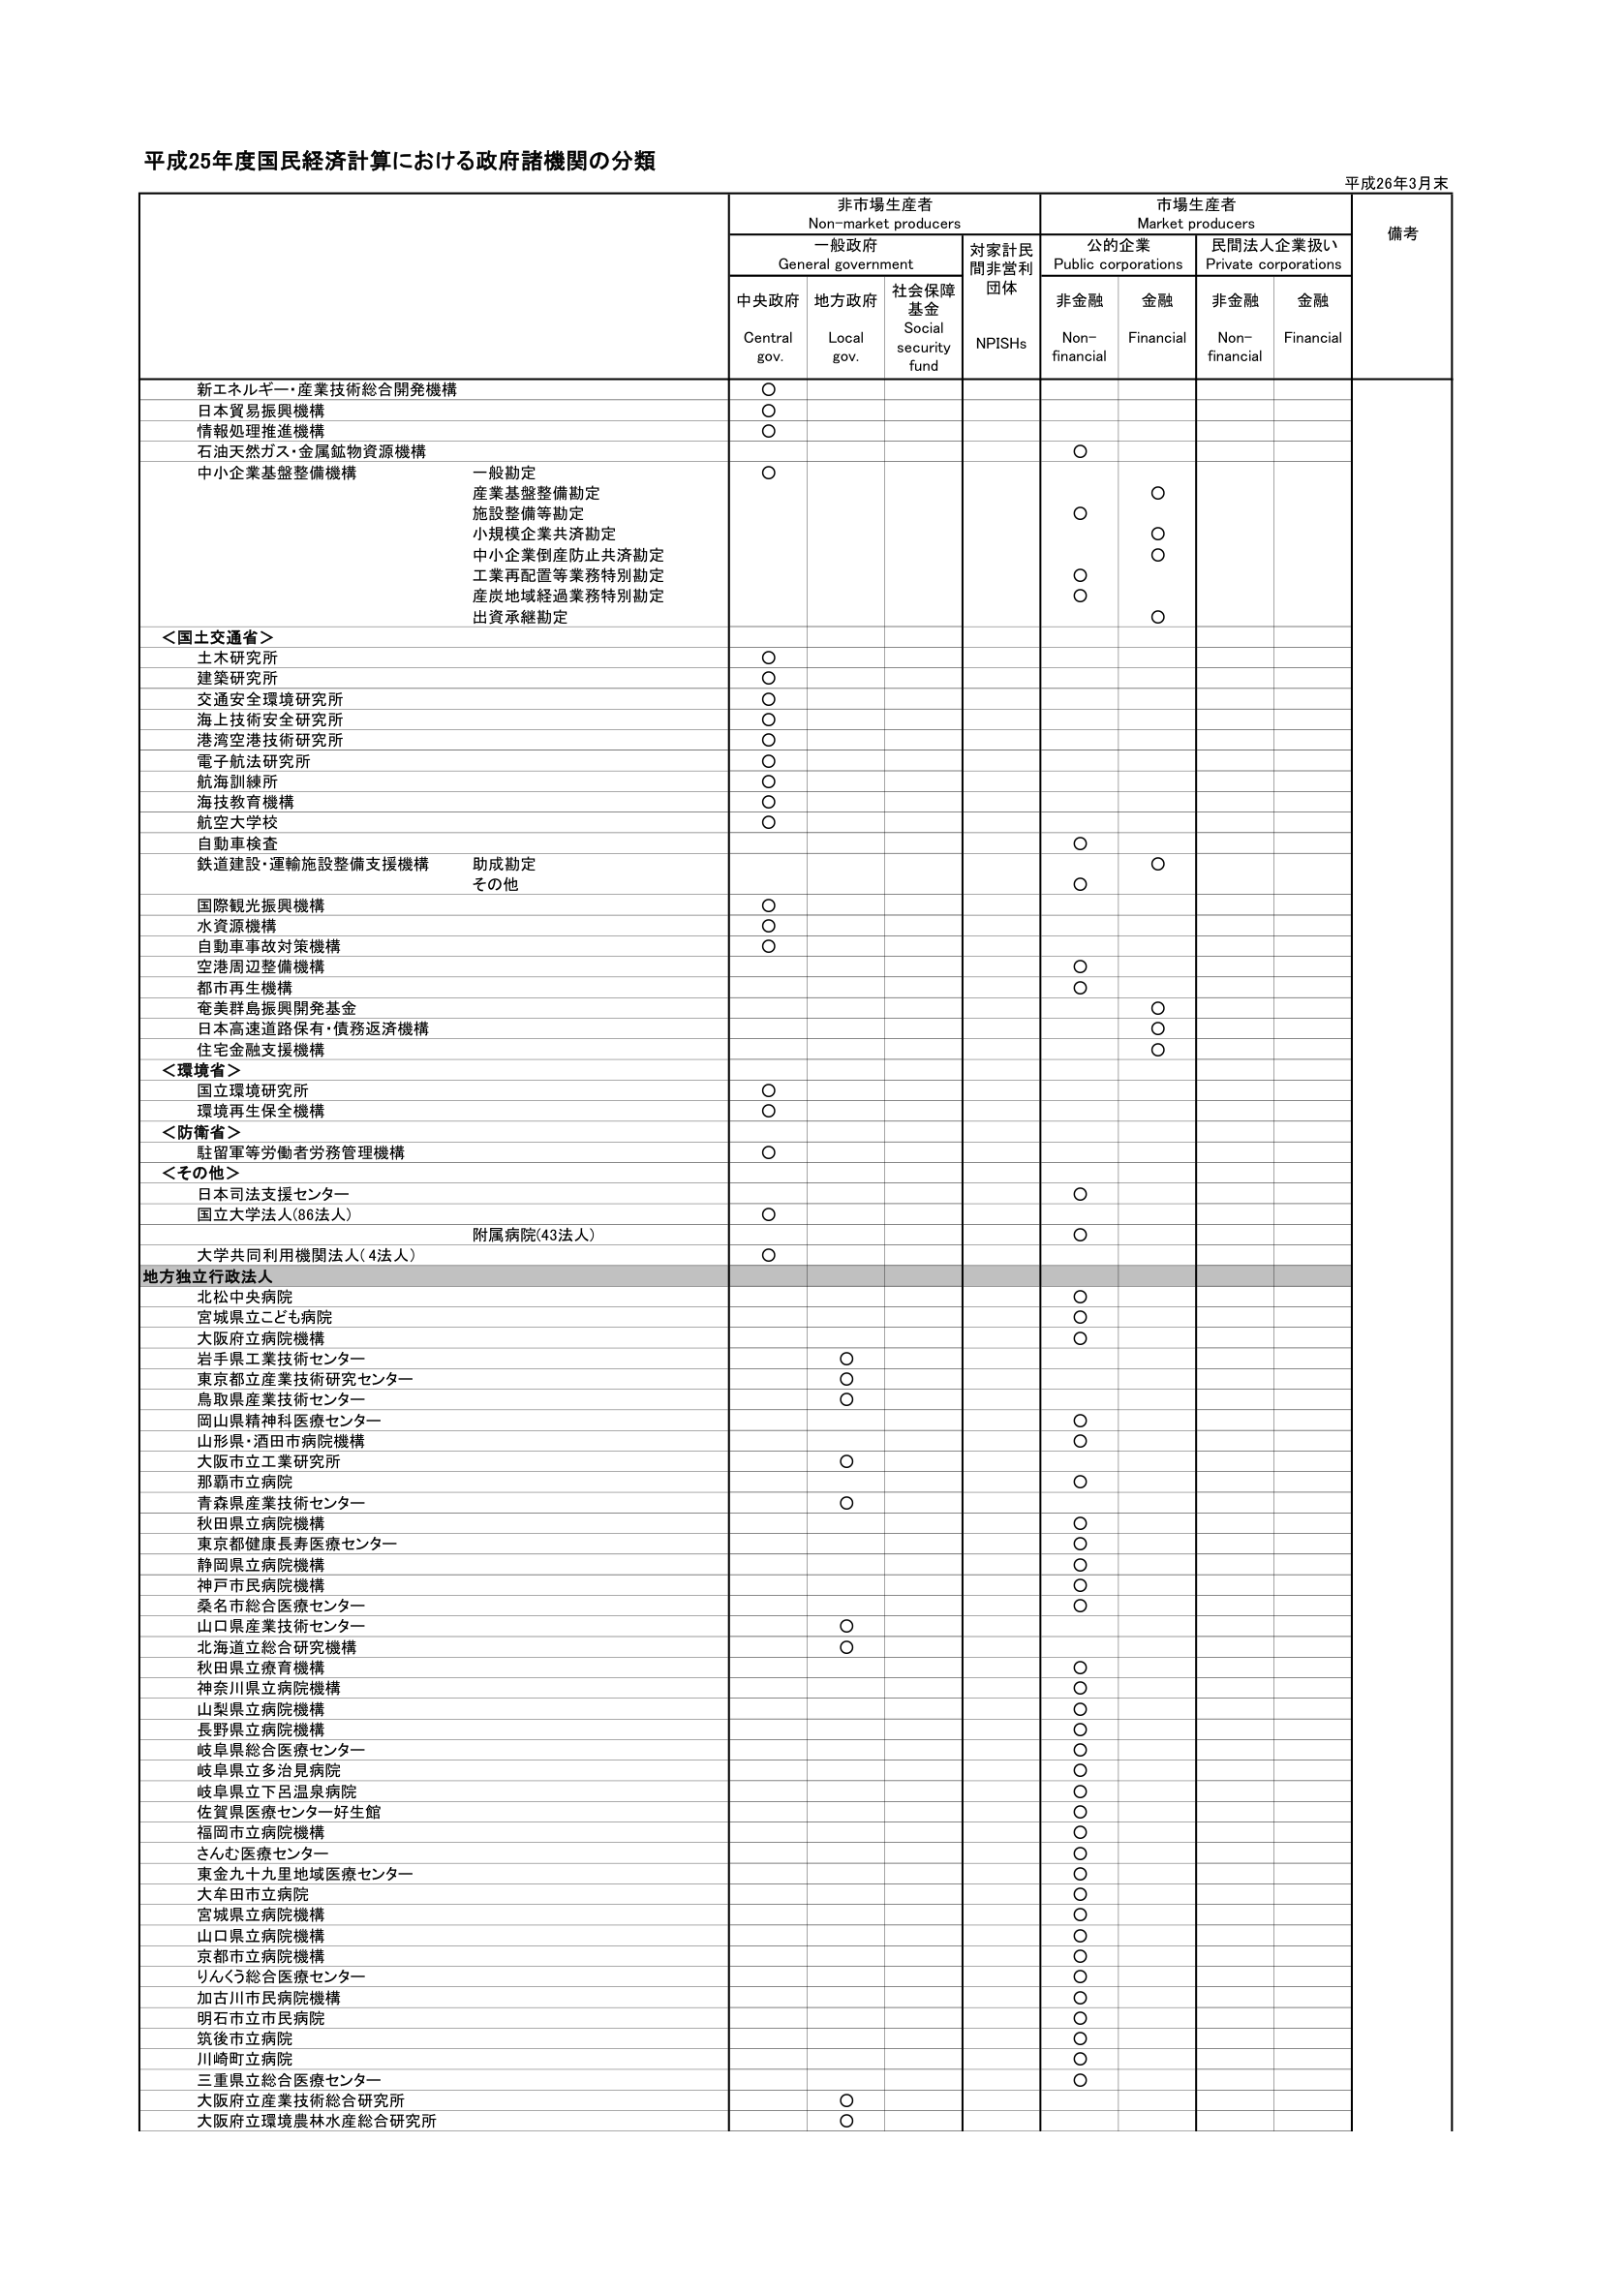
平成25年度国民経済計算における政府諸機関の分類

平成26年3月末

非市場生産者
Non-market producers

市場生産者
Market producers

備考

一般政府
General government

対家計民間非営利団体
NPISHs

公的企業
Public corporations

民間法人企業扱い
Private corporations

中央政府
Central gov.

地方政府
Local gov.

社会保障基金
Social security fund

非金融
Non-financial

金融
Financial

非金融
Non-financial

金融
Financial

新エネルギー・産業技術総合開発機構
○

日本貿易振興機構
○

情報処理推進機構
○

石油天然ガス・金属鉱物資源機構
○

中小企業基盤整備機構
一般勘定
○
産業基盤整備勘定
○
施設整備等勘定
○
小規模企業共済勘定
○
中小企業倒産防止共済勘定
○
工業再配置等業務特別勘定
○
産炭地域経過業務特別勘定
○
出資承継勘定
○

＜国土交通省＞
土木研究所
○
建築研究所
○
交通安全環境研究所
○
海上技術安全研究所
○
港湾空港技術研究所
○
電子航法研究所
○
航海訓練所
○
海技教育機構
○
航空大学校
○
自動車検査
○
鉄道建設・運輸施設整備支援機構
助成勘定
○
その他
○

国際観光振興機構
○

水資源機構
○

自動車事故対策機構
○

空港周辺整備機構
○

都市再生機構
○

奄美群島振興開発基金
○

日本高速道路保有・債務返済機構
○

住宅金融支援機構
○

＜環境省＞
国立環境研究所
○

環境再生保全機構
○

＜防衛省＞
駐留軍等労働者労務管理機構
○

＜その他＞
日本司法支援センター
○

国立大学法人（86法人）
○

附属病院（43法人）
○

大学共同利用機関法人（4法人）
○

地方独立行政法人
北松中央病院
○

宮城県立こども病院
○

大阪府立病院機構
○

岩手県工業技術センター
○

東京都立産業技術研究センター
○

鳥取県産業技術センター
○

岡山県精神科医療センター
○

山形県・酒田市病院機構
○

大阪市立工業研究所
○

那覇市立病院
○

青森県産業技術センター
○

秋田県立病院機構
○

東京都健康長寿医療センター
○

静岡県立病院機構
○

神戸市民病院機構
○

桑名市総合医療センター
○

山口県産業技術センター
○

北海道立総合研究機構
○

秋田県立療育機構
○

神奈川県立病院機構
○

山梨県立病院機構
○

長野県立病院機構
○

岐阜県総合医療センター
○

岐阜県立多治見病院
○

岐阜県立下呂温泉病院
○

佐賀県医療センター好生館
○

福岡市立病院機構
○

さんむ医療センター
○

東金九十九里地域医療センター
○

大牟田市立病院
○

宮城県立病院機構
○

山口県立病院機構
○

京都府立病院機構
○

りんくう総合医療センター
○

加古川市民病院機構
○

明石市立市民病院
○

筑後市立病院
○

川崎町立病院
○

三重県立総合医療センター
○

大阪府立産業技術総合研究所
○

大阪府立環境農林水産総合研究所
○